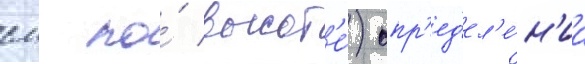
см по́ высот'е́) опр'ед'ел'е́н'иа